Specificity of antivenomous sera (second communication) - Number 10
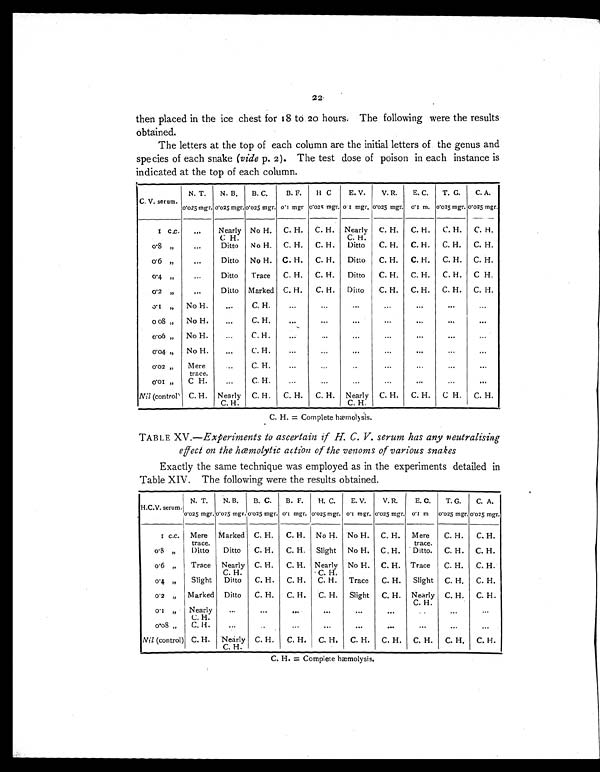
22
then placed in the ice chest for 18 to 20 hours. The following were the results
obtained.
The letters at the top of each column are the initial letters of the genus and
species of each snake (vide p. 2). The test dose of poison in each instance is
indicated at the top of each column.
C. V. serum.
N. T.
N. B.
B. C.
B. F.
H C
E. V.
V. R.
E. C.
T. G.
C. A.
0.025 mgr. 0.025 mgr. 0.025 mgr. 0.1 mgr 0.025 mgr. 0.1 mgr. 0.025 mgr. 0.1 m. 0.025 mgr. 0.025 mgr.
1 c.c.
...
Nearly
C H.
No H.
C. H.
C. H. Nearly
C. H.
C. H.
C. H.
C. H.
C. H.
0.8 „
...
Ditto
No H.
C. H.
C. H.
Ditto
C. H.
C. H.
C. H.
C. H.
0.6 "
. . . Ditto
No H. C. H.
C. H.
Ditto
C. H.
C. H.
C. H.
C. H.
0.4 „
...
Ditto
Trace
C. H.
C. H.
Ditto
C. H.
C. H.
C. H.
C H.
0.2 „
...
Ditto Marked C. H.
C. H.
Ditto
C. H.
C. H.
C. H.
C. H.
0.1 „
No H.
...
C. H.
...
...
. . .
. . .
. . .
. . .
. . .
0. 08 „
No H.
...
C. H.
...
. . .
...
. . .
. . .
....
. . .
0.06 „
No H.
...
C. H.
...
. . .
. . .
. . .
. . .
. . .
. . .
0.04 „
No H.
...
C. H.
...
..
. . .
...
. . . .
. . .
. . .
0.02 "
Mere
trace.
. . . C.H
. . .
...
. . .
...
. . .
. . .
. . .
0.01 "
C H.
...
C.H.
...
. . .
...
...
. . .
. . .
. . .
Nil (controL C. H. Nearly
C.H.
C. H.
C. H.
C. H. Nearly
C.H.
C. H.
C. H.
C H.
C. H.
C. H. = Complete hæmolysis.
TABLE XV .—Experiments to ascertain if H. C. V. serum has any neutralising
effect on the hœmolytic action of the venoms of various snakes
Exactly the same technique was employed as in the experiments detailed in
Table XIV. The following were the results obtained.
H.C.V. serum.i
N. T.
0.025 mgr.
N. B.
0.025 mgr.
B.C.
0.025 mgr.
B.F.
0.1 mgr.
H. C.
0.025 mgr.
E. V.
0.1 mgr.
V. R.
0.025 mgr.
E. C.
0.1 m
T. G.
0.025 mgr.
C. A.
0 . 0 0 2 5 m g r .
1 c . c . Mere
trace.
Marked C. H.
C. H. No H. No H.
C. H.
Mere
trace.
C. H.
C. H.
o.8 „
Ditto
Ditto
C. H.
C. H. Slight
No H.
C. H.
D i t t o . D i t t o . C. H.
C. H.
o.6 „
Trace Nearly
C.H.
C. H.
C. H. Nearly
C. H.
No H.
C. H. Trace
C. H.
C. H.
o.4 „
Slight
Ditto
C. H.
C. H.
C. H.
Trace
C. H.
Slight
C. H.
C. H.
0.2 „
Marked Ditto
C. H.
C. H.
C. H.
Slight
C. H. Nearly
C. H.
C. H.
C. H.
o.1 „
Nearly
C. H.
...
. . .
. . .
. . .
. . .
. . .
. . . ...
. . .
o.o8 „
C. H
. . .
.
. .
. . .
. . .
. . .
. . .
. . .
. . .
. . .
Nil (control) C. H.
Nearly
C.H.
C. H.
C. H.
C. H.
C. H.
C. H.
C. H.
C. H.
C. H.
C. H. = Complete hæmolysis.